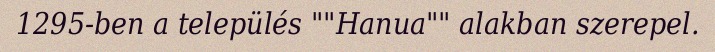
1295-ben a település ""Hanua"" alakban szerepel.